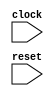
module MultiClockSpecanonfun22anonfunapplymcVsp12anon5(
    input clock,
    input reset
);
    wire _T_5;
    assign _T_5 = 1'h0;
    wire _T_7;
    assign _T_7 = 1'h1;
    wire _T_9;
    assign _T_9 = 1'h0;
    wire _value__q;
    wire _value__d;
    DFF_POSCLK #(.width(1)) value (
        .q(_value__q),
        .d(_value__d),
        .clk(clock)
    );
    wire _WTEMP_0;
    MUX_UNSIGNED #(.width(1)) u_mux_1 (
        .y(_value__d),
        .sel(reset),
        .a(1'h0),
        .b(_WTEMP_0)
    );
    wire _T_14;
    EQ_UNSIGNED #(.width(1)) u_eq_2 (
        .y(_T_14),
        .a(_value__q),
        .b(1'h1)
    );
    wire [1:0] _T_16;
    ADD_UNSIGNED #(.width(1)) u_add_3 (
        .y(_T_16),
        .a(_value__q),
        .b(1'h1)
    );
    wire _T_17;
    TAIL #(.width(2), .n(1)) tail_4 (
        .y(_T_17),
        .in(_T_16)
    );
    wire done;
    BITWISEAND #(.width(1)) bitwiseand_5 (
        .y(done),
        .a(1'h1),
        .b(_T_14)
    );
    wire _T_18;
    BITS #(.width(1), .high(0), .low(0)) bits_6 (
        .y(_T_18),
        .in(reset)
    );
    wire _T_20;
    EQ_UNSIGNED #(.width(1)) u_eq_7 (
        .y(_T_20),
        .a(_T_18),
        .b(1'h0)
    );
    MUX_UNSIGNED #(.width(1)) u_mux_8 (
        .y(_WTEMP_0),
        .sel(1'h1),
        .a(_T_17),
        .b(_value__q)
    );
endmodule //MultiClockSpecanonfun22anonfunapplymcVsp12anon5
module DFF_POSCLK(q, d, clk);
    parameter width = 4;
    output reg [width-1:0] q;
    input [width-1:0] d;
    input clk;
    always @(posedge clk) begin
        q <= d;
    end
endmodule // DFF_POSCLK
module MUX_UNSIGNED(y, sel, a, b);
    parameter width = 4;
    output [width-1:0] y;
    input sel;
    input [width-1:0] a;
    input [width-1:0] b;
    assign y = sel ? a : b;
endmodule // MUX_UNSIGNED
module EQ_UNSIGNED(y, a, b);
    parameter width = 4;
    output y;
    input [width-1:0] a;
    input [width-1:0] b;
    assign y = a == b;
endmodule // EQ_UNSIGNED
module ADD_UNSIGNED(y, a, b);
    parameter width = 4;
    output [width:0] y;
    input [width-1:0] a;
    input [width-1:0] b;
    assign y = a + b;
endmodule // ADD_UNSIGNED
module TAIL(y, in);
    parameter width = 4;
    parameter n = 2;
    output [width-n-1:0] y;
    input [width-1:0] in;
    assign y = in[width-n-1:0];
endmodule // TAIL
module BITWISEAND(y, a, b);
    parameter width = 4;
    output [width-1:0] y;
    input [width-1:0] a;
    input [width-1:0] b;
    assign y = a & b;
endmodule // BITWISEAND
module BITS(y, in);
    parameter width = 4;
    parameter high = 2;
    parameter low = 0;
    output [high-low:0] y;
    input [width-1:0] in;
    assign y = in[high:low];
endmodule // BITS